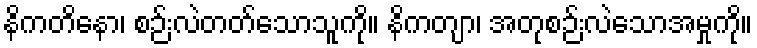
နိကတိနော၊ စဉ်းလဲတတ်သောသူကို။ နိကတျာ၊ အတုစဉ်းလဲသောအမှုကို။